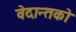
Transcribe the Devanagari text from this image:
वेदान्तकाे